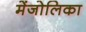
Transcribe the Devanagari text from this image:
मेंजोलिका